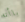
باأنه